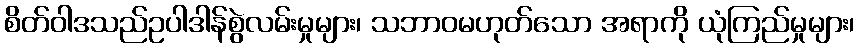
စိတ်ဝါဒသည်ဥပါဒါန်စွဲလမ်းမှုများ၊ သဘာဝမဟုတ်သော အရာကို ယုံကြည်မှုများ၊